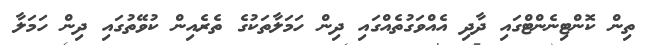
ތިން ކޮންޓިނެންޓްގައި ދާދި އެއްވަގުތެއްގައި ދިން ހަމަލާތަކުގެ ތެރެއިން ކުވޭތުގައި ދިން ހަމަލާ